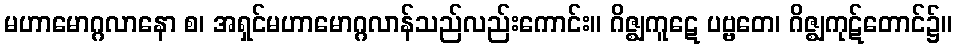
မဟာမောဂ္ဂလာနော စ၊ အရှင်မဟာမောဂ္ဂလာန်သည်လည်းကောင်း။ ဂိဇ္ဈကူဋေ ပဗ္ဗတေ၊ ဂိဇ္ဈကုဋ်တောင်၌။